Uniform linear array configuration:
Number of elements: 64
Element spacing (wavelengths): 0.75
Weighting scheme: uniform
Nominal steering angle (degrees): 45
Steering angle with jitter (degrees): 46.209
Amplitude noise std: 0.05
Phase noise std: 0.05

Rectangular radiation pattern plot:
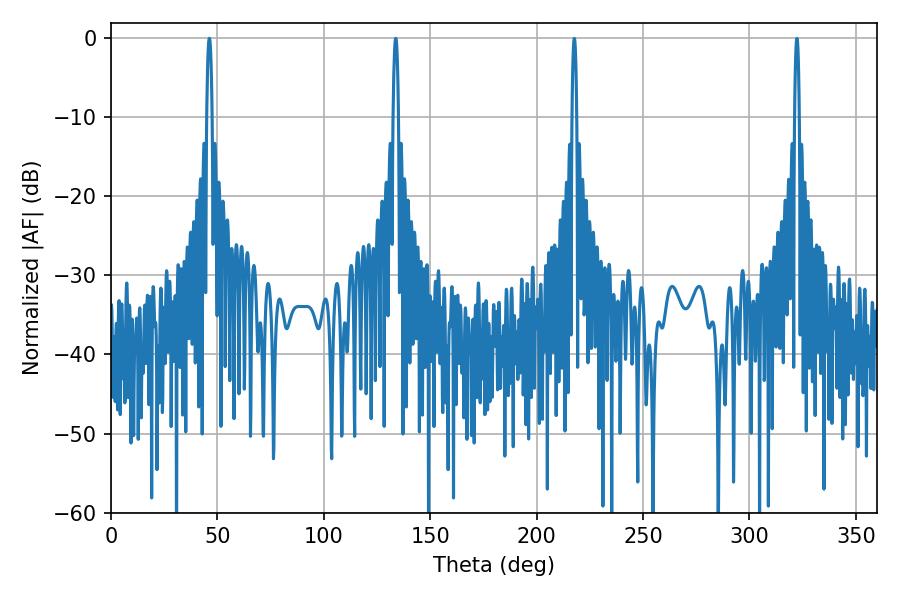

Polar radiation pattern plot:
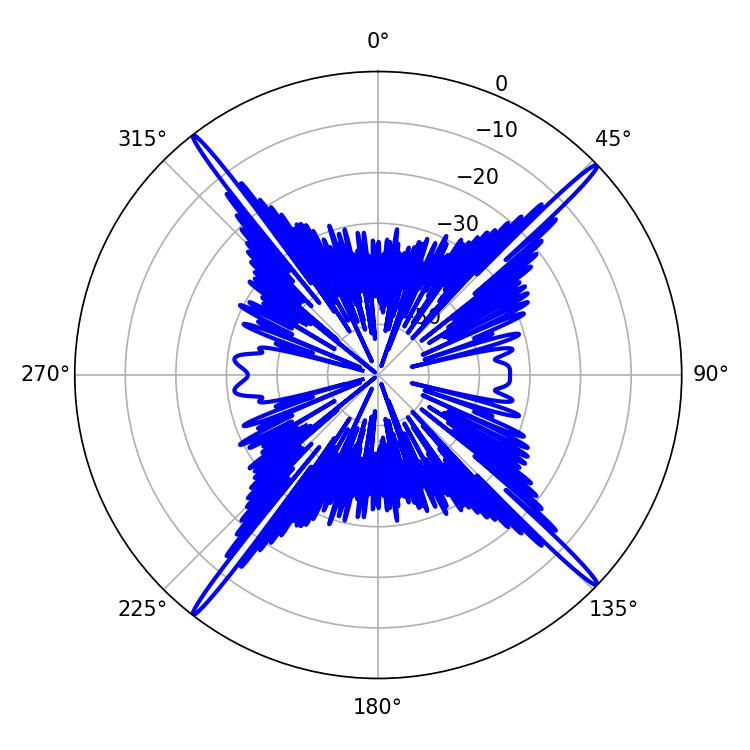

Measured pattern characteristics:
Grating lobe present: TRUE
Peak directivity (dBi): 22.532
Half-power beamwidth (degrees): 1.26
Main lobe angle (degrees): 46.26